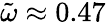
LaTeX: \tilde{\omega}\approx 0.47